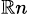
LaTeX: _{\mathbb{R}n}